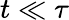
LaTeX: t\ll\tau